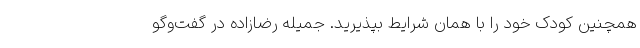
همچنین کودک خود را با همان شرایط بپذیرید. جمیله رضازاده در گفت‌وگو